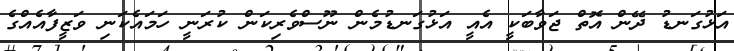
އަޅުގަނޑު ދޭން އޮތް ޖަވާބަކީ އެއީ އަޅުގަނޑުމެން ނޫސްވެރިކަން ކުރަނީ ހަމައެކަނި ވަޒީފާއެއްގެ